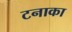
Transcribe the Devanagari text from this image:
टनाका